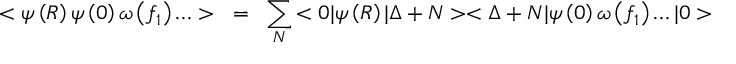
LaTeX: < \psi \left( R \right) \psi \left( 0 \right) \omega \left( f _ { 1 } \right) \ldots > ~ = ~ \sum _ { N } { < 0 | \psi \left( R \right) | \Delta + N > < \Delta + N | \psi \left( 0 \right) \omega \left( f _ { 1 } \right) \ldots | 0 > }